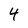
Character: 4